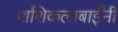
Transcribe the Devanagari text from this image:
शशिकलाबाईंनी